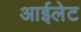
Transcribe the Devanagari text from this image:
आईलेट